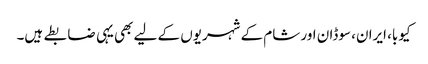
کیوبا، ایران، سوڈان اور شام کے شہریوں کے لیے بھی یہی ضابطے ہیں۔